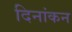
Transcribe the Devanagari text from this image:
दिनांकन